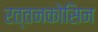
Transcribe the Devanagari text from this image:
रत्तनकोसिन